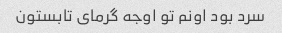
سرد بود اونم تو اوجه گرمای تابستون